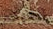
الفيلم